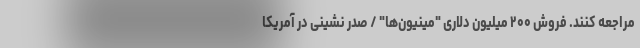
مراجعه کنند. فروش ۲۰۰ میلیون دلاری "مینیون‌ها" / صدر نشینی در آمریکا